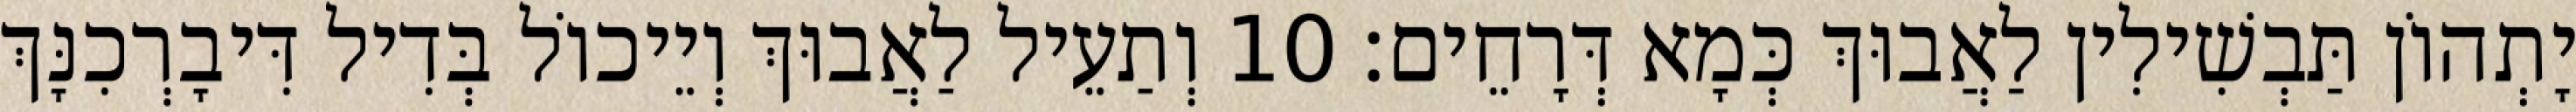
יָתְהוֹן תַּבְשִׁילִין לַאֲבוּךְ כְּמָא דְּרָחֵים׃ 10 וְתַעֵיל לַאֲבוּךְ וְיֵיכוֹל בְּדִיל דִּיבָרְכִנָּךְ